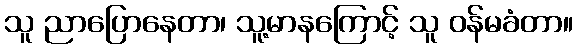
သူ ညာပြောနေတာ၊ သူ့မာနကြောင့် သူ ဝန်မခံတာ။